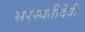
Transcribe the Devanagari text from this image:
सरस्वतीदेवी